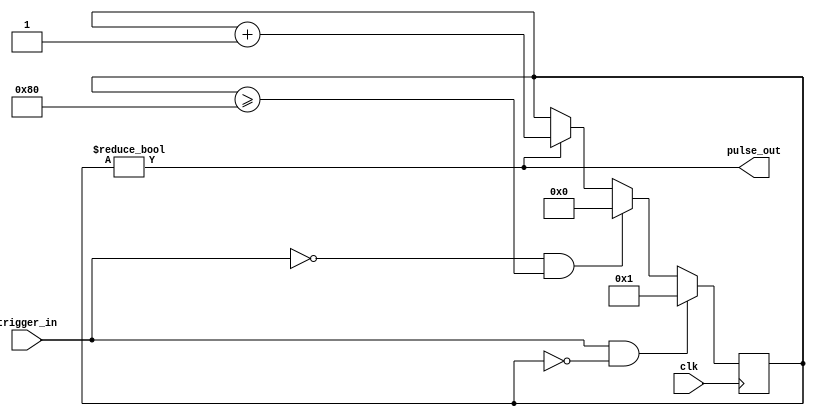
// pulse generator
module pulse_gen(
  input clk, 
  input trigger_in, 
  output pulse_out);

  parameter PULSE_LEN = 128;

  reg	[7:0] cnt;
  initial begin 
    cnt = 0;
  end

  always @(posedge clk)
    if(trigger_in && cnt == 0) begin 
      cnt <= 1; 
      end
    else if(!trigger_in && cnt >= PULSE_LEN) begin 
      cnt <= 0; 
      end
    else if(cnt != 0) begin 
      cnt <= cnt + 1; 
      end

  assign pulse_out = (cnt != 0);

endmodule